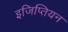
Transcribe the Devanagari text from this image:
इजिप्तियन